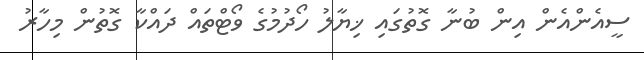
ސީއެންއެން އިން ބުނާ ގޮތުގައި ޚިޔާލު ހޯދުމުގެ ވޯޓްތައް ދައްކާ ގޮތުން މިހާރު